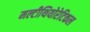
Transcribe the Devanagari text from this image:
मल्टीथियोरेटिकल